Indian journal of veterinary science and animal husbandry - Volume 4,
Year: 1934
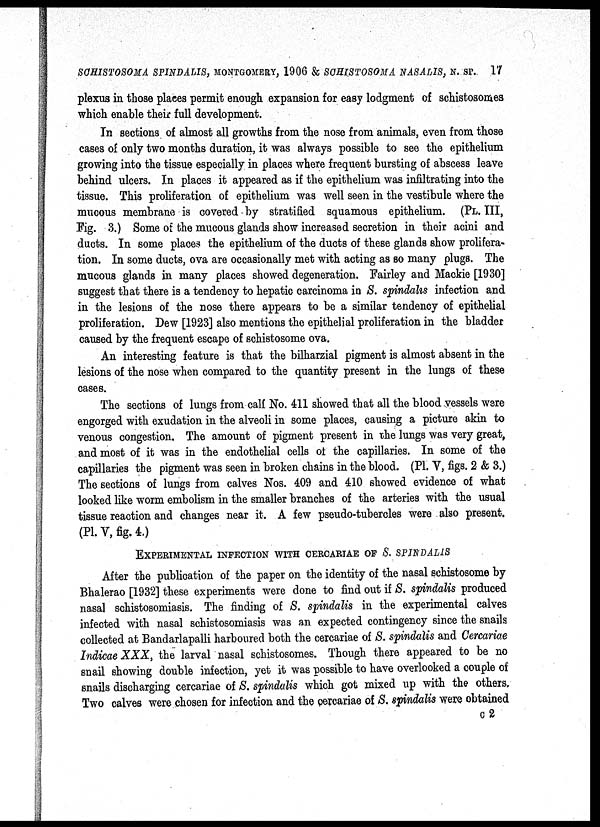
SCHISTOSOMA SPINDALIS, MONTGOMERY, 1906 & SCHISTOSOMA NASALIS, N. SP. 17
plexus in those places permit enough expansion for easy lodgment of schistosomes
which enable their full development.
In sections of almost all growths from the nose from animals, even from those
cases of only two months duration, it was always possible to see the epithelium
growing into the tissue especially in places where frequent bursting of abscess leave
behind ulcers. In places it appeared as if the epithelium was infiltrating into the
tissue. This proliferation of epithelium was well seen in the vestibule where the
mucous membrane is covered by stratified squamous epithelium. (PL. III,
Fig. 3.) Some of the mucous glands show increased secretion in their acini and
ducts. In some places the epithelium of the ducts of these glands show prolifera-
tion. In some ducts, ova are occasionally met with acting as so many plugs. The
mucous glands in many places showed degeneration. Fairley and Mackie [1930]
suggest that there is a tendency to hepatic carcinoma in S. spindalis infection and
in the lesions of the nose there appears to be a similar tendency of epithelial
proliferation. Dew [1923] also mentions the epithelial proliferation in the bladder
caused by the frequent escape of schistosome ova.
An interesting feature is that the bilharzial pigment is almost absent in the
lesions of the nose when compared to the quantity present in the lungs of these
cases.
The sections of lungs from calf No. 411 showed that all the blood vessels were
engorged with exudation in the alveoli in some places, causing a picture akin to
venous congestion. The amount of pigment present in the lungs was very great,
and most of it was in the endothelial cells of the capillaries. In some of the
capillaries the pigment was seen in broken chains in the blood. (P1. V, figs. 2 & 3.)
The sections of lungs from calves Nos. 409 and 410 showed evidence of what
looked like worm embolism in the smaller branches of the arteries with the usual
tissue reaction and changes near it. A few pseudo-tubercles were also present.
(P1. V, fig. 4.)
EXPERIMENTAL INFECTION WITH CERCARIAE OF S. SPINDALIS
After the publication of the paper on the identity of the nasal schistosome by
Bhalerao [1932] these experiments were done to find out if S. spindalis produced
nasal schistosomiasis. The finding of S. spindalis in the experimental calves
infected with nasal schistosomiasis was an expected contingency since the snails
collected at Bandarlapalli harboured both the cercariae of S. spindalis and Cercariae
Indicae XXX, the larval nasal schistosomes. Though there appeared to be no
snail showing double infection, yet it was possible to have overlooked a couple of
snails discharging cercariae of S. spindalis which got mixed up with the others.
Two calves were chosen for infection and the cercariae of S. spindalis were obtained
C 2